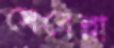
সেবেল্লা